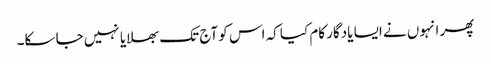
پھر انہوں نے ایسا یادگار کام کیا کہ اس کو آج تک بھلایا نہیں جا سکا۔